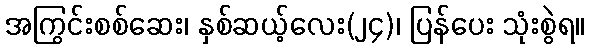
အကြွင်းစစ်ဆေး၊ နှစ်ဆယ့်လေး(၂၄)၊ ပြန်ပေး သုံးစွဲရ။